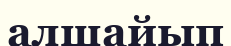
алшайып